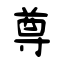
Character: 尊